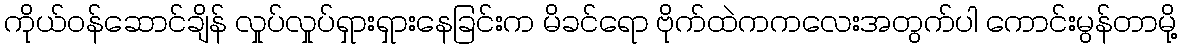
ကိုယ်ဝန်ဆောင်ချိန် လှုပ်လှုပ်ရှားရှားနေခြင်းက မိခင်ရော ဗိုက်ထဲကကလေးအတွက်ပါ ကောင်းမွန်တာမို့